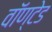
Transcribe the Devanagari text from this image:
वॉण्टेड